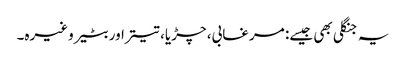
یہ جنگلی بھی جیسے: مرغابی، چڑیا، تیتراور بٹیر وغیرہ۔